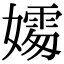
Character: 𪦦